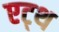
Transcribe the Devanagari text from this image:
एट्थ